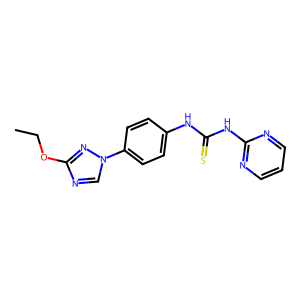
SMILES: CCOc1ncn(-c2ccc(NC(=S)Nc3ncccn3)cc2)n1
Inhibits HIV replication: No